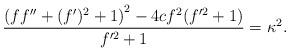
LaTeX: \begin{align*} \frac{\left(f f''+(f')^2 + 1\right)^2 - 4 c f^2 (f'^2 +1)}{f'^2 +1} = \kappa^2.\end{align*}